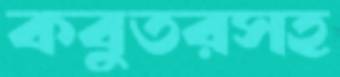
কবুতরসহ